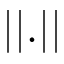
| | . | |